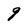
Character: 9